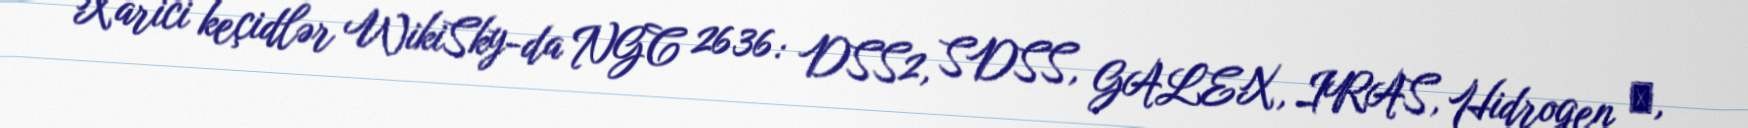
Xarici keçidlər WikiSky-da NGC 2636: DSS2, SDSS, GALEX, IRAS, Hidrogen α,